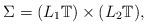
LaTeX: \begin{align*}\Sigma = (L_1 \mathbb{T}) \times (L_2 \mathbb{T}), \end{align*}